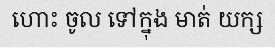
ហោះ ចូល ទៅក្នុង មាត់ យក្ស